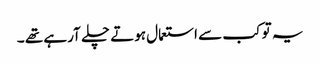
یہ تو کب سے استعمال ہوتے چلے آرہے تھے ۔